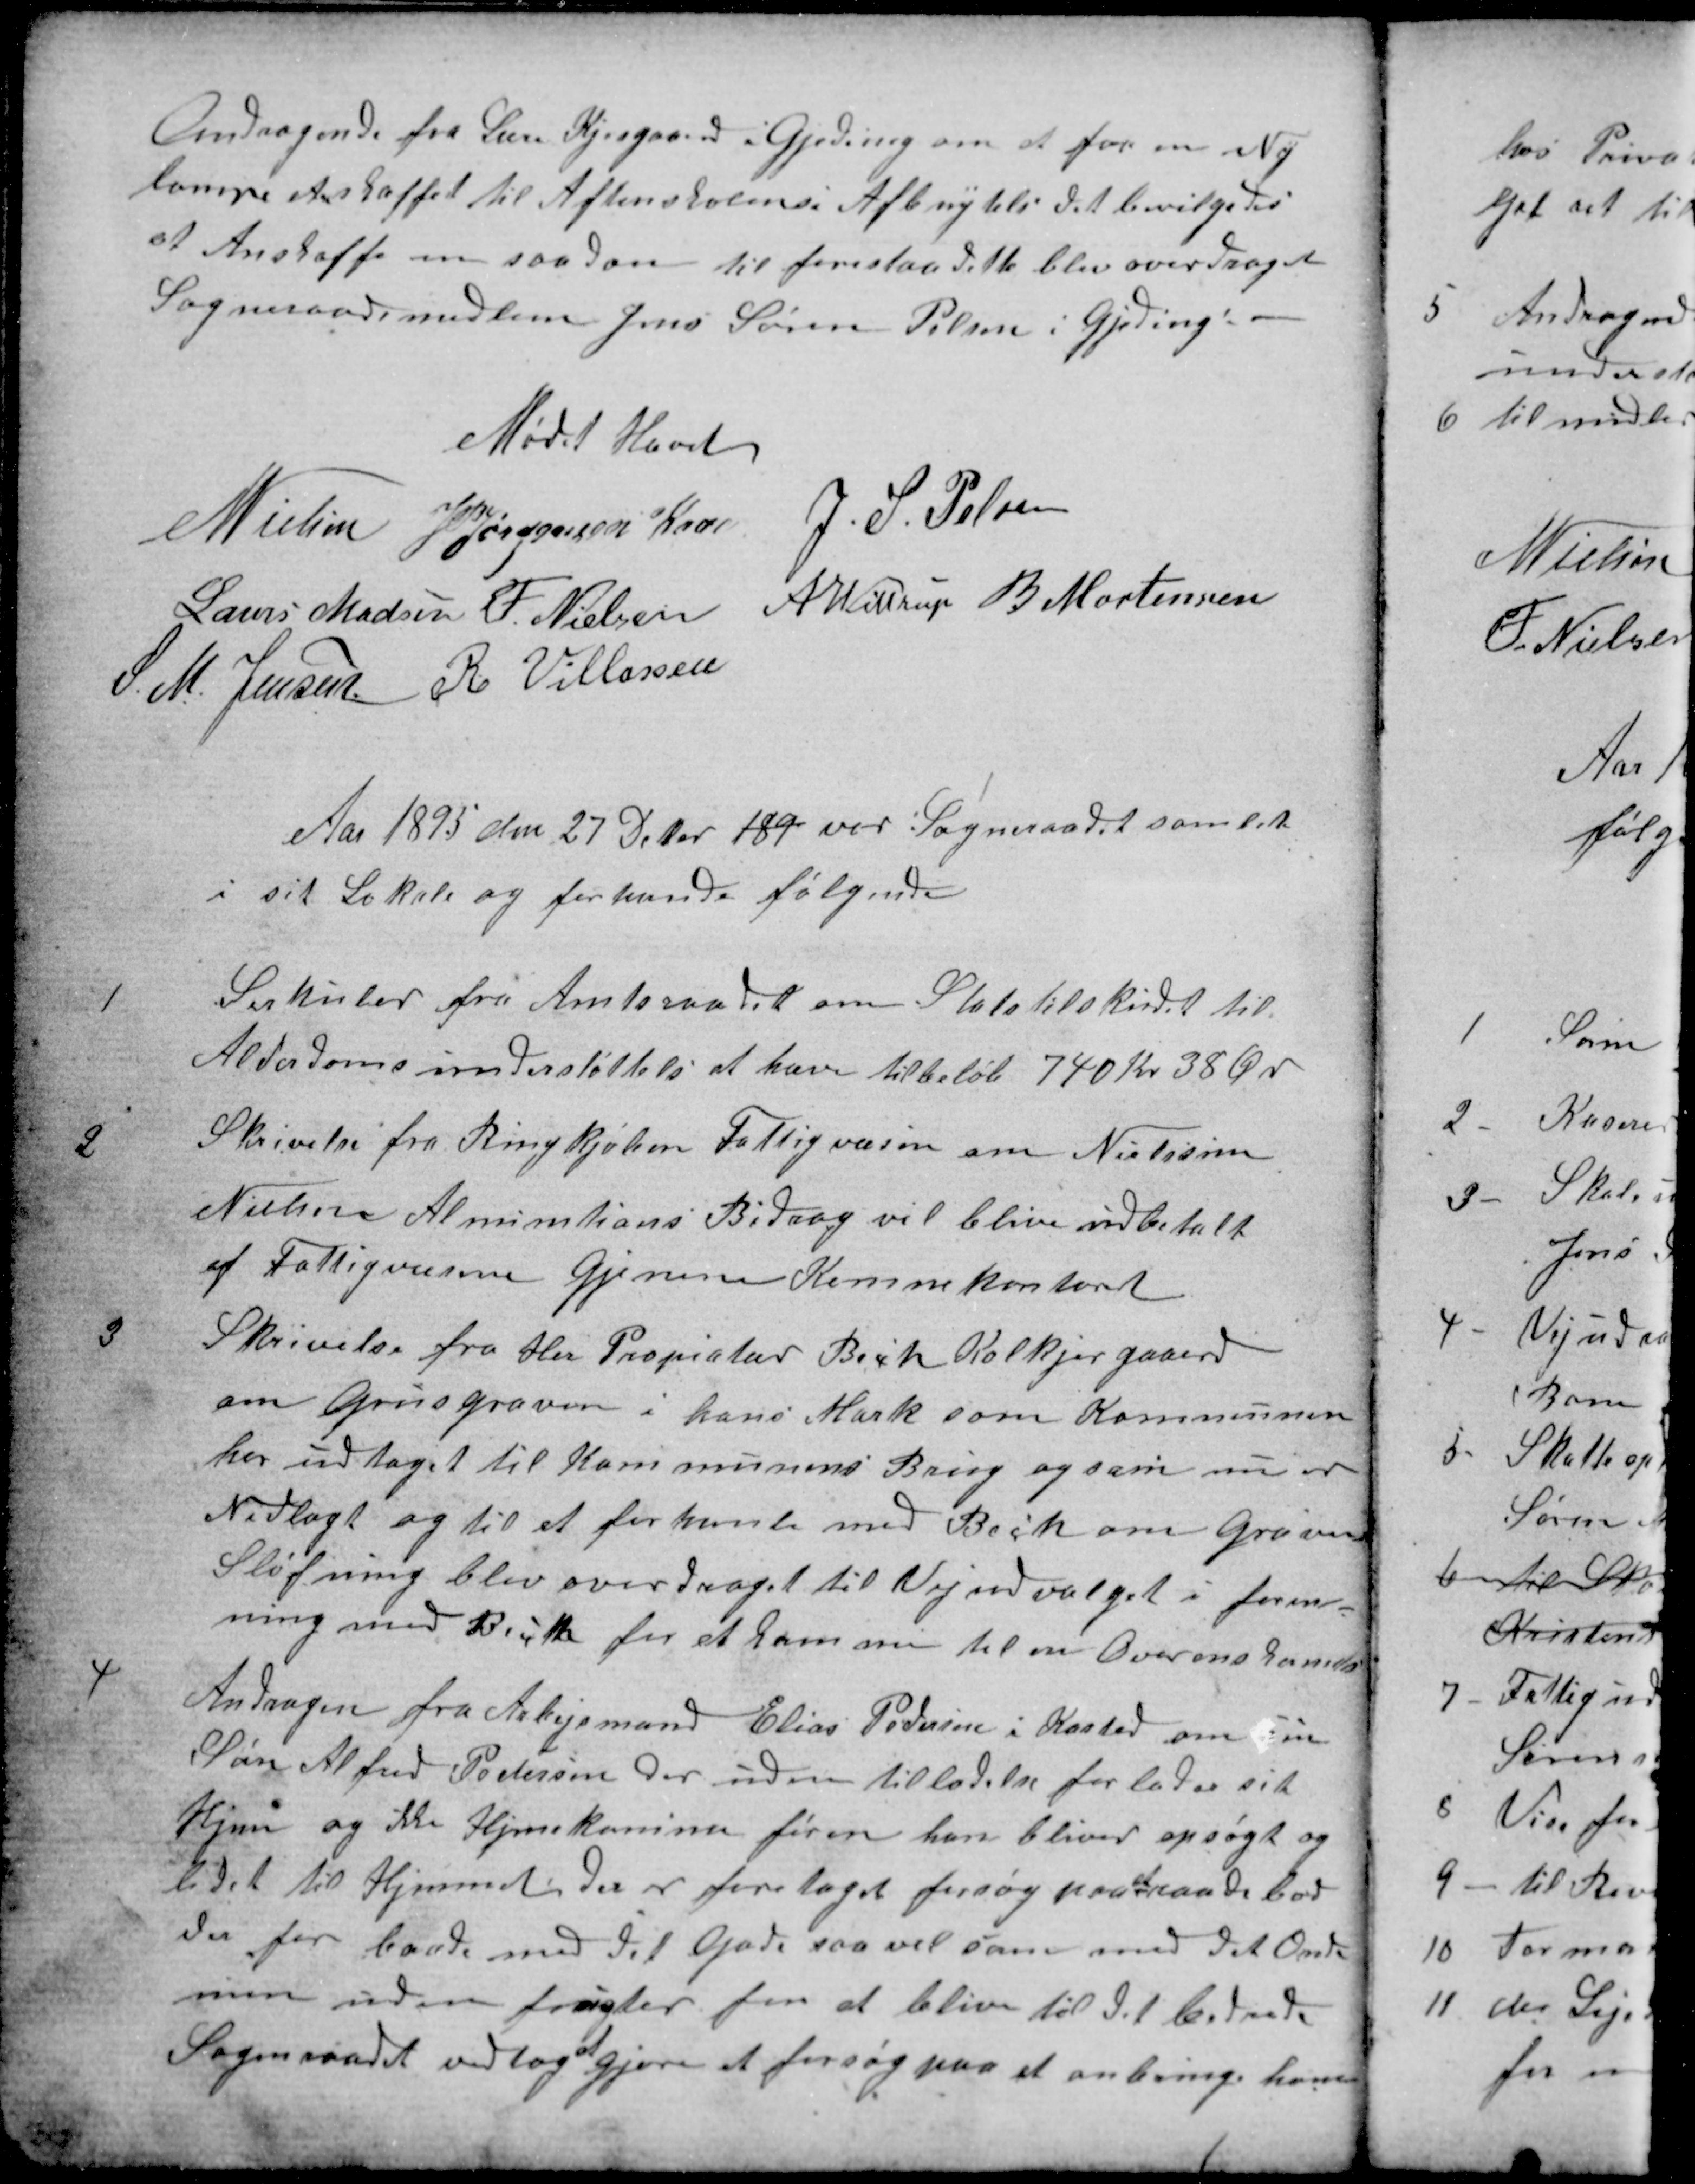
Transskription:
Andragende fra Lære Kjersgaard i Gjeding om at faa en Ny
lampe anskaffet til Aftenskolens Afbenytelse det bevilgedes
at Anskaffe en saadan til forestaa dette blev overdraget
Sogneraadsmedlem Jens Søren Pelsen i Gjeding
Mødet hævet
N Nielsen
J PJørgensen Kaae
J. S. Pelsen
Laurs Madsen
F. Nielsen
A. Wittrup
B Mortensen
S. M. Jensen
R Villassen
Aar 1893 den 27 Debr 189 var Sogneraadet samlet
i sit Lokale og forhande følgende
1
Sirkuler fra Amtsraadet om Statstilskudet til
Alderdomsunderstøttelse at hæve til beløb 740 Kr 38 Ør
2
Skrivelse fra Ringkjøbin Fattigvæsen om Nielsine
Nielsen Alminations Bidrag vil blive udbetalt
af Fattigvæsene Gjenem Kemnekontoret
3
Skrivelse fra Her Propiateer Bech Kolkjergaard
om Grusgraven i hans Mark som Kommunen
har udtaget til Kommunens Brug og som nu er
Nedlagt og til at forhanle med Bech om Gravens
Sløjfning blev overdraget til Vejudvalget i foren-
ning med Bech for at komme til en Overenskomst
4
Andragen fra Arbejsmand Elias Pedersen i Kasted om sin
Søn Alfred Pedersen der uden tilladelse forlader sit
Hjem og ikke Hjemkommer føren han bliver opsøgt og
ledet til Hjemmet der er foretaget forsøg paa 
at
raade bod
der for baade med det Gode saavel som med det Onde
men uden frugter for at blive til det bedred
Sogneraadet vedtog 
at
gjøre et forsøg paa at anbringe ham